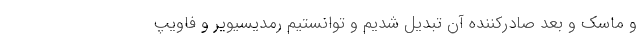
و ماسک و بعد صادرکننده آن تبدیل شدیم و توانستیم رمدیسیویر و فاویپ